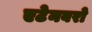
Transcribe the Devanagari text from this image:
एटेनबरो